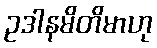
ဥဒါနမိတိမာဟု